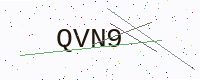
Text: QVN9